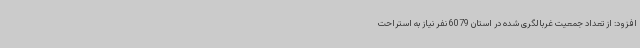
افزود: از تعداد جمعیت غربالگری شده در استان 6079 نفر نیاز به استراحت